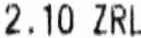
2.10 ZRL